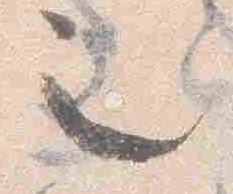
也